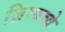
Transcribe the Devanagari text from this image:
ज़िम्बब्वे